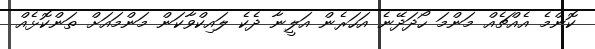
ކޮންމެ އެއްޗެއް މަންމަ ހޯދަދޭނެ އަހަރެން އަލީނާ ދެކެ ލައިކްވާކަން މަންމައަށް ތަންކޮޅެއް